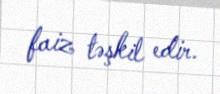
faiz təşkil edir.